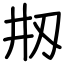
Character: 刱